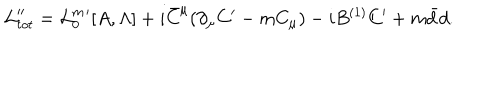
{ \cal L } _ { t o t } ^ { \prime \prime } = { \cal L } _ { 0 } ^ { m } { } ^ { \prime } [ A , \Lambda ] + i \bar { C } ^ { \mu } ( \partial _ { \mu } C ^ { \prime } - m C _ { \mu } ) - i B ^ { ( 1 ) } C ^ { \prime } + m \bar { d } d .